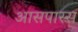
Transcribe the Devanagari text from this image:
आसपास्स